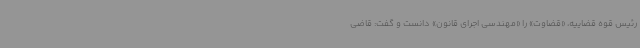
رئیس قوه قضاییه، «قضاوت» را «مهندسی اجرای قانون» دانست و گفت: قاضی